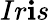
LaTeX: Ir\mathbf{i}s